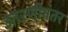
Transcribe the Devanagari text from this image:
उतरणीनंतर